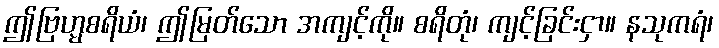
ဤဗြဟ္မစရိယံ၊ ဤမြတ်သော အကျင့်ကို။ စရိတုံ၊ ကျင့်ခြင်းငှာ။ နသုကရံ၊